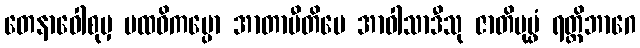
တေနာဝေါစုမှ ပထဝိကမ္ပော အာတာပီတိပေ အာဝါသာဒီသု ဇာတိပုပ္ဖံ ရတ္တိဘာဂေ